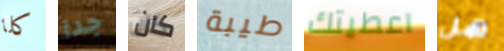
كلا جدا كان طيبة اعطيتك هل